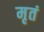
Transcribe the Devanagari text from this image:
मृतं